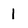
Character: 1